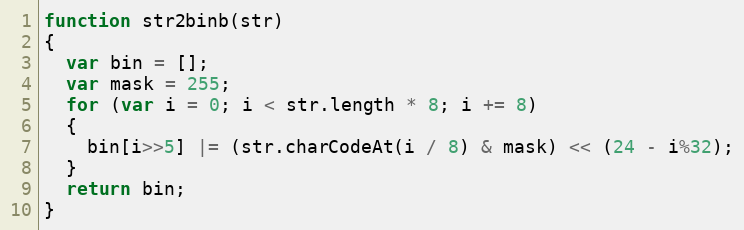
Language: JavaScript
function str2binb(str)
{
  var bin = [];
  var mask = 255;
  for (var i = 0; i < str.length * 8; i += 8)
  {
    bin[i>>5] |= (str.charCodeAt(i / 8) & mask) << (24 - i%32);
  }
  return bin;
}